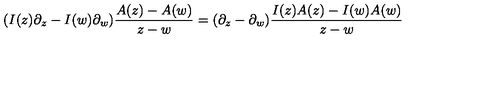
( I ( z ) \partial _ { z } - I ( w ) \partial _ { w } ) \frac { A ( z ) - A ( w ) } { z - w } = ( \partial _ { z } - \partial _ { w } ) \frac { I ( z ) A ( z ) - I ( w ) A ( w ) } { z - w }